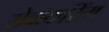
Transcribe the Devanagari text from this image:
सेवांकरिंता